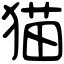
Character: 猫